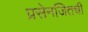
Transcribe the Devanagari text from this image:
प्रसेनजितची